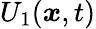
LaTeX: U_{1}({\boldsymbol{x}},t)